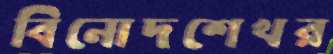
বিনোদশেখর